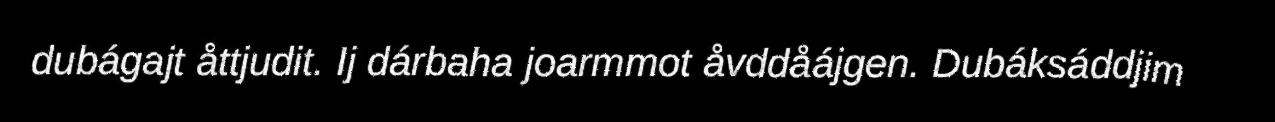
dubágajt åttjudit. Ij dárbaha joarmmot åvddåájgen. Dubáksáddjim